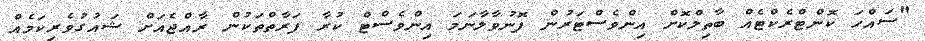
"ސައްހަ ކޮންޓްރެކްޓެއް ބާތިލްކޮށް އިންވެސްޓަރުން ފޮނުވާލާނަމަ އިންވެސްޓް ކުރާ ފަރާތްތަކުން ރާއްޖެއަށް ޝައުގުވެރިކަމެއް